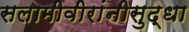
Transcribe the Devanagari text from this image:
सलामीवीरांनीसुद्धा